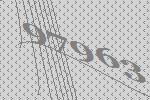
97963